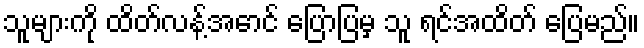
သူများကို ထိတ်လန့်အောင် ပြောပြမှ သူ ရင်အထိတ် ပြေမည်။